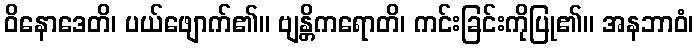
ဝိနောဒေတိ၊ ပယ်ဖျောက်၏။ ဗျန္တိကရောတိ၊ ကင်းခြင်းကိုပြု၏။ အနဘာဝံ၊